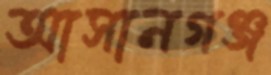
আসানগঞ্জ